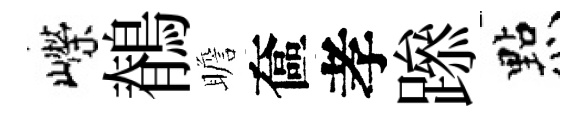
嶸鶺瞻奩孝𨅶㸃